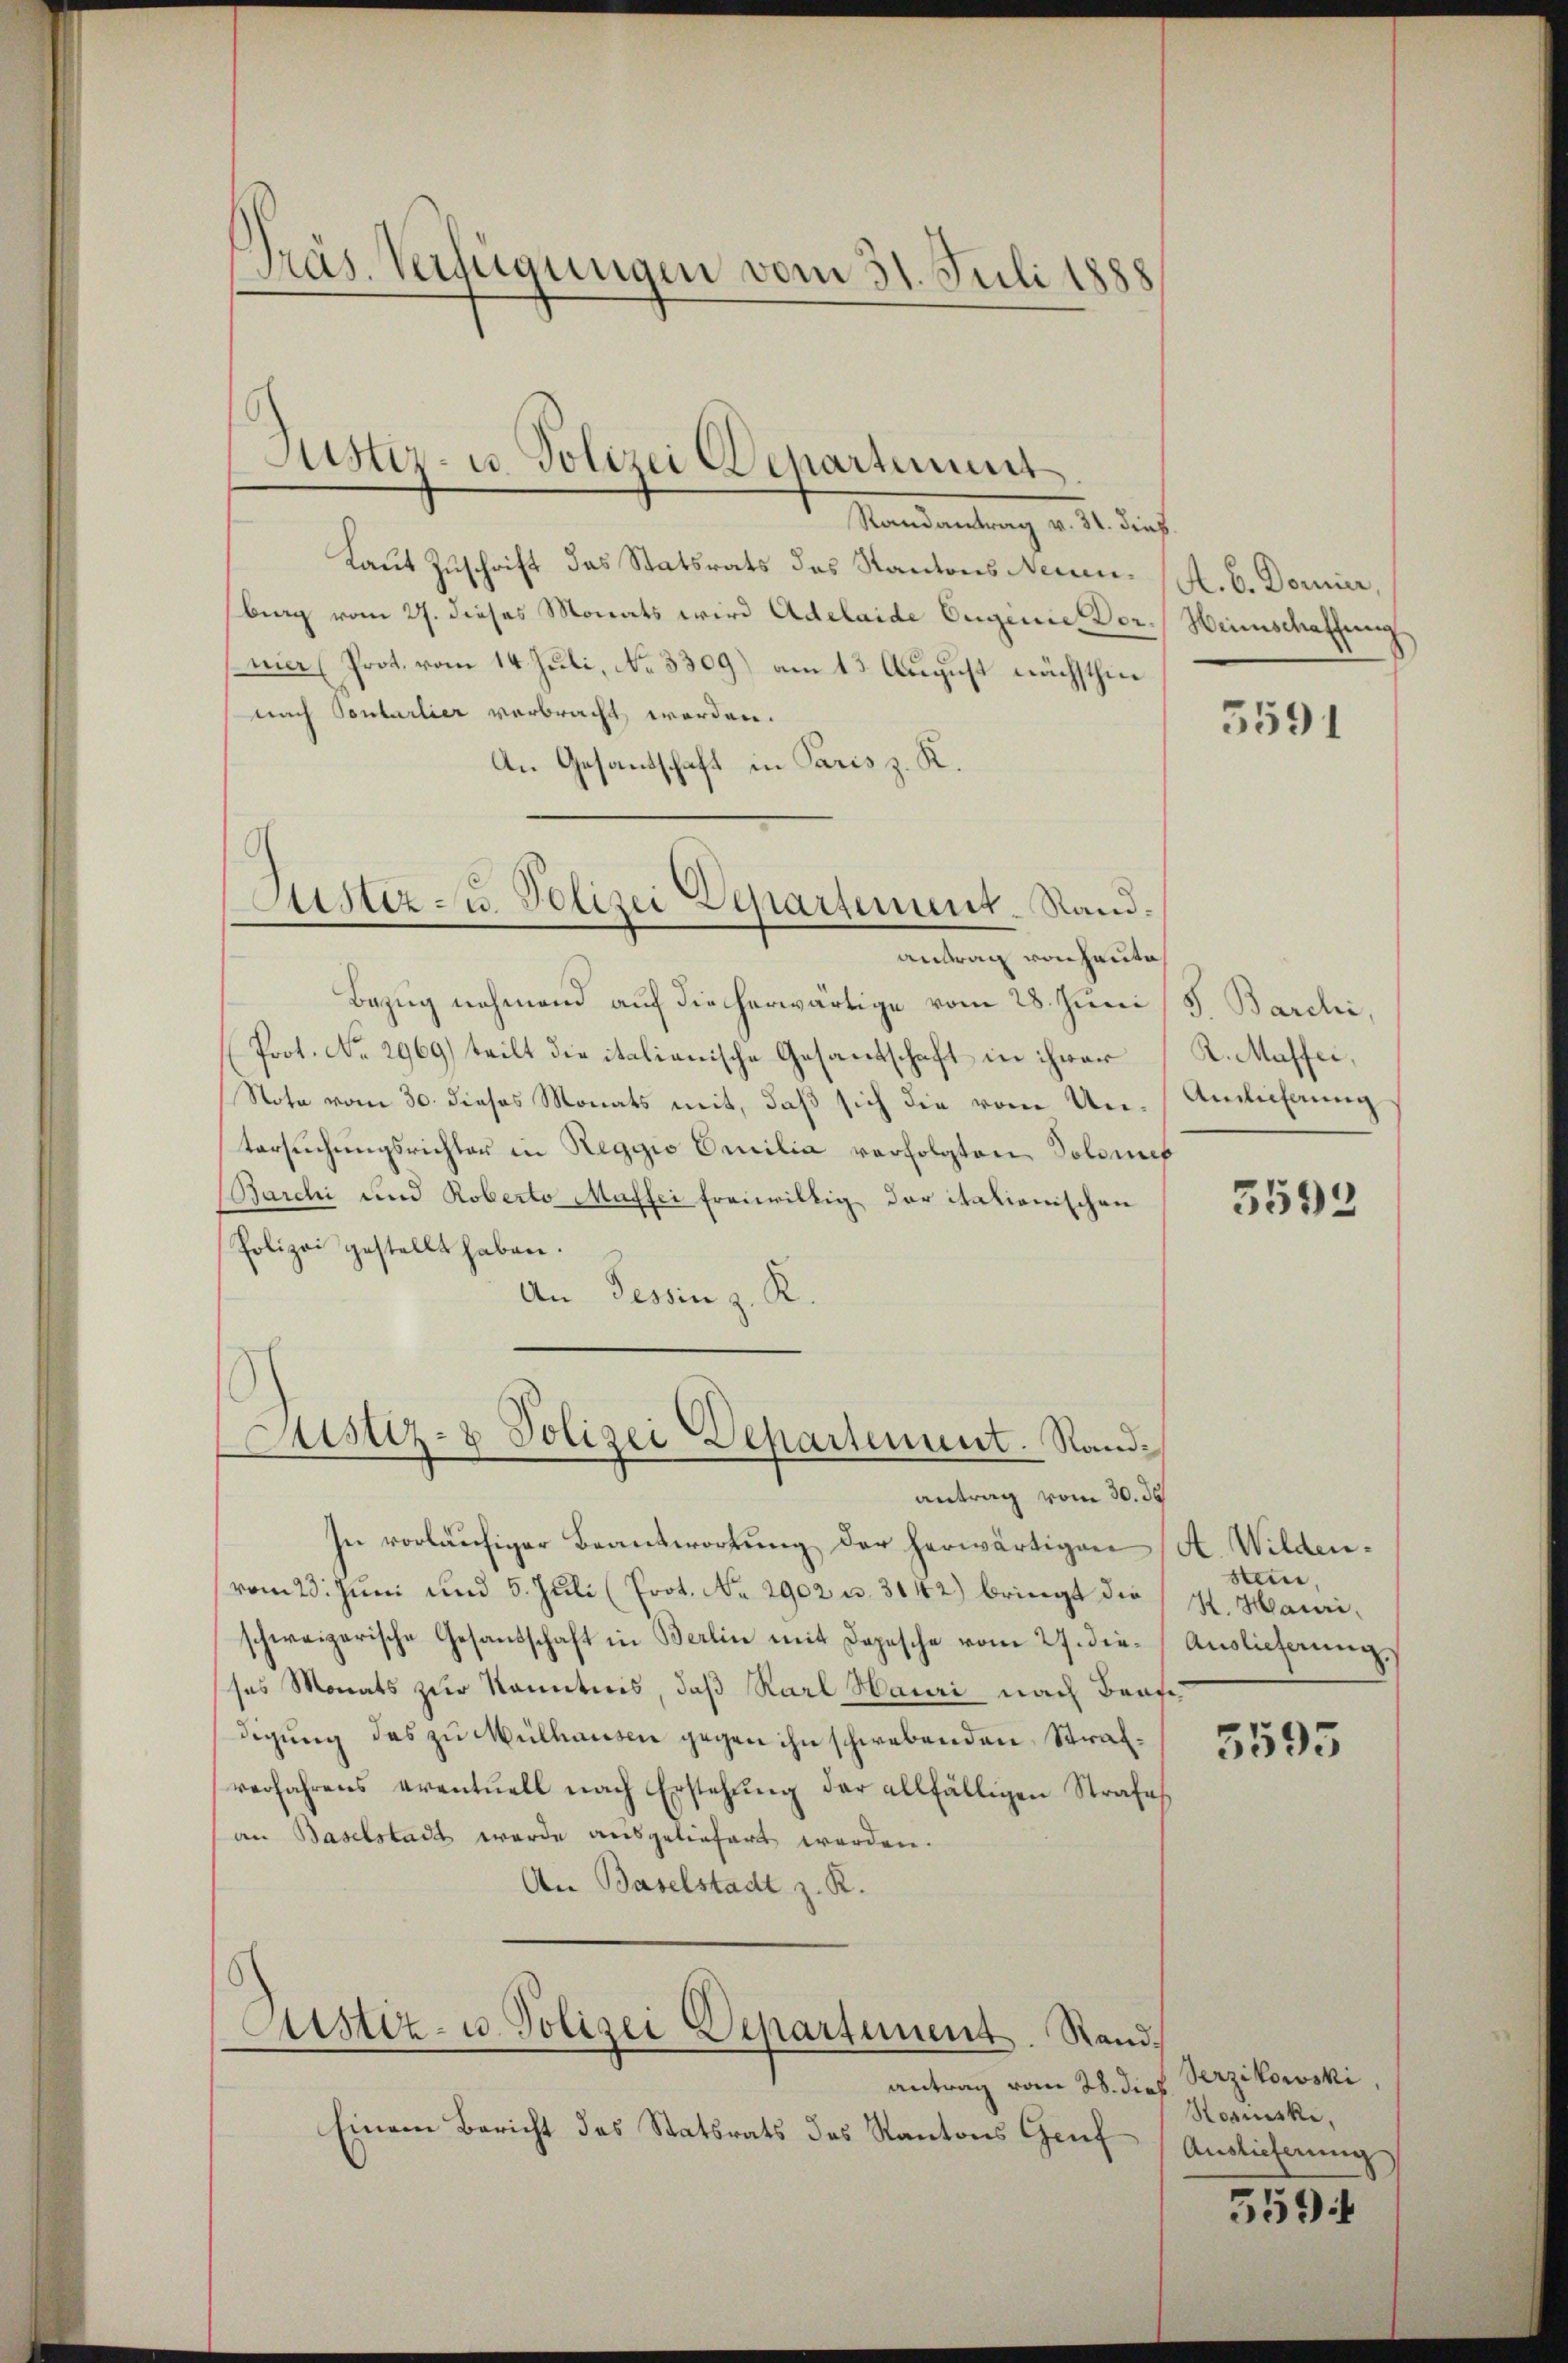
Präs. Verfügungen vom 31. Juli 1888

Bezug nehmend auf die herwärtige vom 28. Juni
(Prot. No. 2969) teilt die italienische Gesandschaft in ihrer
Note vom 30. dieses Monats mit, daß sich die vom Untersŭchŭngsrichter in Reggio Emilia verfolgten Solomet
Barchi und Roberto Maffei freiwillig der italienischen
Polizei gestellt haben.
An Tessin z. K.
Justiz- & Polizei Departement. Rand¬

Randantrag v. 31. dieß.
Laut Zuschrift das Statsrats des Kantons Neuen. (A. b. Donier,
brag vom 27. dieses Monats wird Adelaide Eugenie Dor.) Heimschaffung
vier (Prot. vom 14. Juli, No. 3309) am 13. August nächsthiee
nach Sontarlier verbracht worden.
An Gesandschaft in Paris z. K.
Astiz- u. Polizei Departement. Sand¬

Justiz- u. Polizei Departint

antrag von Hauta

antrag vom 30. de
In vorläufiger Beantwortung der herwärtigen (A. Wildenvom 23. Juni und 5. Juli (Prot. No. 2902 u. 3142) bringt die St. Maurischweizerische Gesandschaft in Berlin mit Depesche vom 27. die Auslieferung,
ses Monats zur Kenntnis, daß Karl Hauri nach Brafe
digung des zu Mülhausen gegen ihn schwebenden Strafverfahrens eventuell nach Erstehung der allfälligen Strafe
an Baselstadt werde ausgeliefert werden.
An Baselstadt z. R.

Justiz- u. Polizei Departement. Rand¬

antrag vom 28. die
Einem Bericht des Statsrats des Kantons Genf

3591

S. Barchi
K. Masser,
Ainlichung

3592

sten,

3595

Serzikowski,
a
Hosniske,
Auslieferung

5594